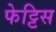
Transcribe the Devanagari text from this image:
फेट्टिस